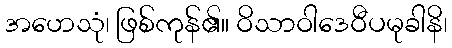
အဟေသုံ၊ ဖြစ်ကုန်၏။ ဝိသာဝါဒေဝီပမုခါနိ၊